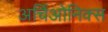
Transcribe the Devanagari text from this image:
अर्चिओनिक्स